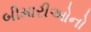
બીમારીઓનો